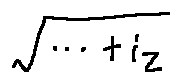
\sqrt { \cdots + i _ { z } }